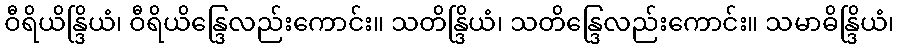
ဝီရိယိန္ဒြိယံ၊ ဝီရိယိန္ဒြေလည်းကောင်း။ သတိန္ဒြိယံ၊ သတိန္ဒြေလည်းကောင်း။ သမာဓိန္ဒြိယံ၊